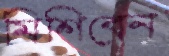
মিশিবেন